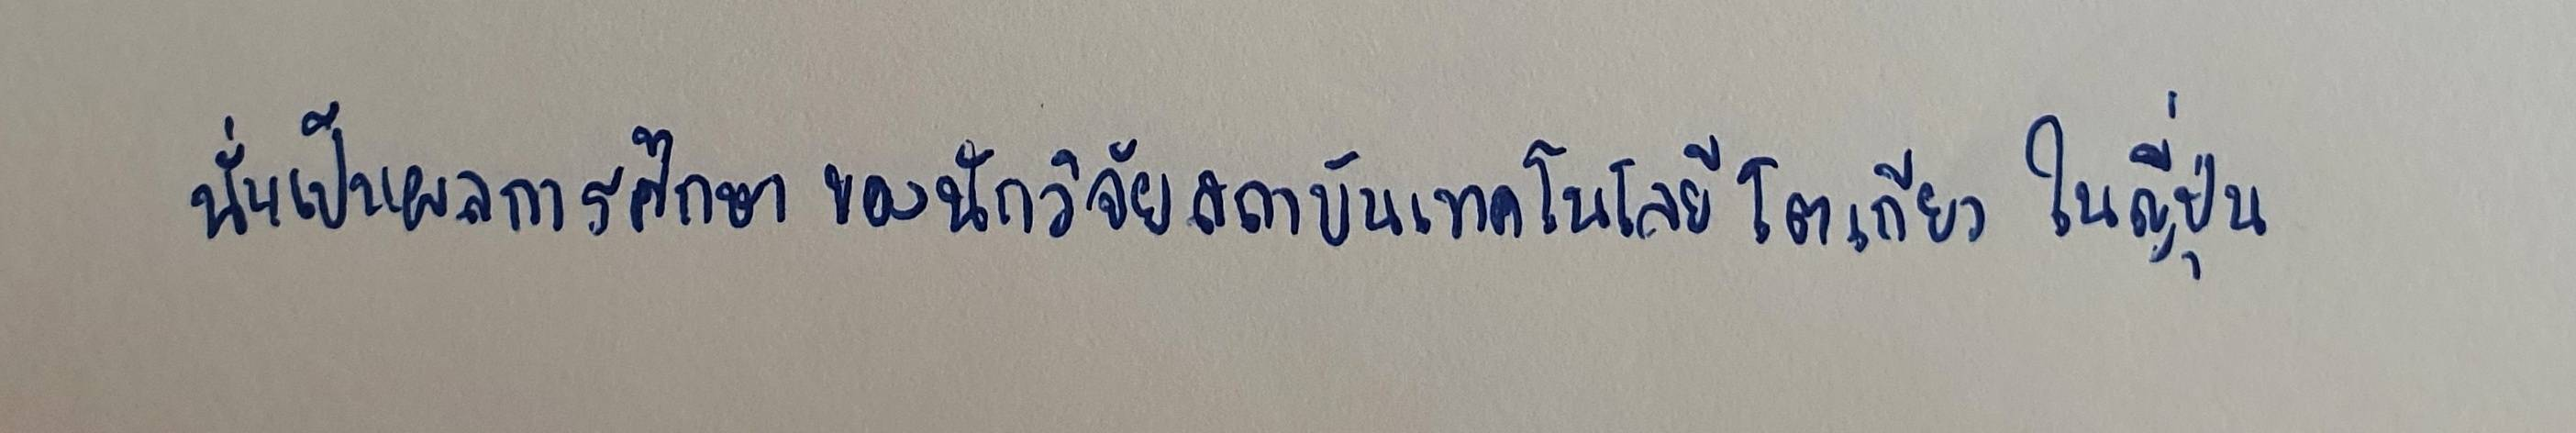
นั่นเป็นผลการศึกษาของนักวิจัยสถาบันเทคโนโลยีโตเกียว ในญี่ปุ่น